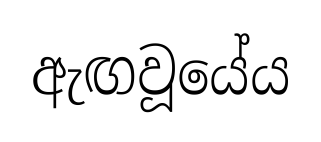
ඇඟවූයේය